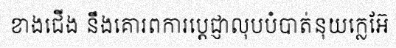
ខាងជើង នឹងគោរពការប្តេជ្ញាលុបបំបាត់នុយក្លេអ៊ែ